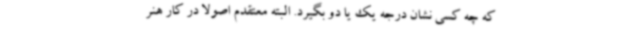
که چه کسی نشان درجه یک یا دو بگیرد. البته معتقدم اصولاً در کار هنر